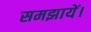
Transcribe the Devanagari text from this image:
समझायें।